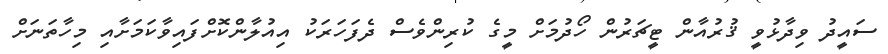
ސައީދު ވިދާޅުވީ ޤުރުއާން ޓީޗަރުން ހޯދުމަށް މީގެ ކުރިންވެސް ދެފަހަރަކު އިއުލާންކޮށްފައިވާކަމަށާއި މިހާތަނަށް